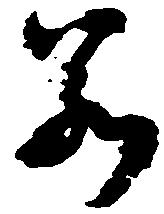
若